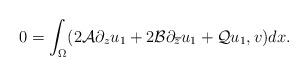
\begin{align*}0= \int_{\Omega}(2{\mathcal A}\partial_{z} u_1 +2{\mathcal B}\partial_{\overline z} u_1 +{\mathcal Q}u_1,v) dx.\end{align*}